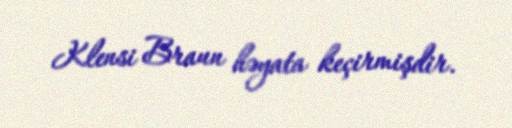
Klensi Braun həyata keçirmişdir.